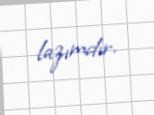
lazımdır.